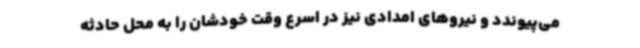
می‌پیوندد و نیروهای امدادی نیز در اسرع وقت خودشان را به محل حادثه